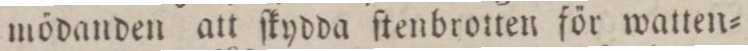
mödanden att ſkydda ſtenbrotten för watten=